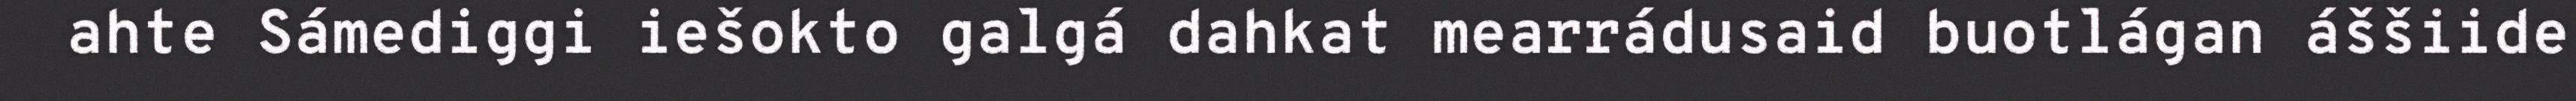
ahte Sámediggi iešokto galgá dahkat mearrádusaid buotlágan áššiide